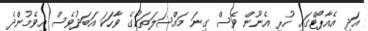
އަދި އެއާޕޯޓްގައި ހުރި އެނޫން ވެސް ގިނަ މައްސަލަތަކުގެ ވާހަކަ އަބަދުވެސް އިވެމުންދެ